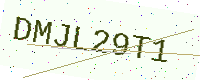
Text: DMJL29T1